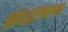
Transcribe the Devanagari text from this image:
प्रवेशद्वारापासच्या